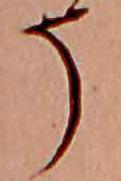
そ